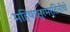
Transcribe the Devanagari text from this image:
महिषासुरमर्दिनीचे